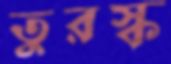
তুরস্ক